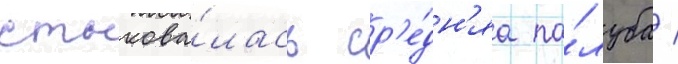
стыкова́лась ср'е́дн'яа па́луба /